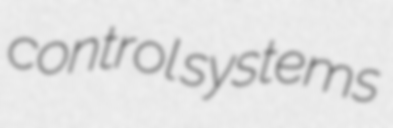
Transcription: control systems